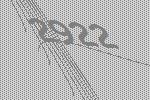
2922